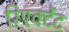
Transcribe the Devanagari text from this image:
रिएक्टेंट